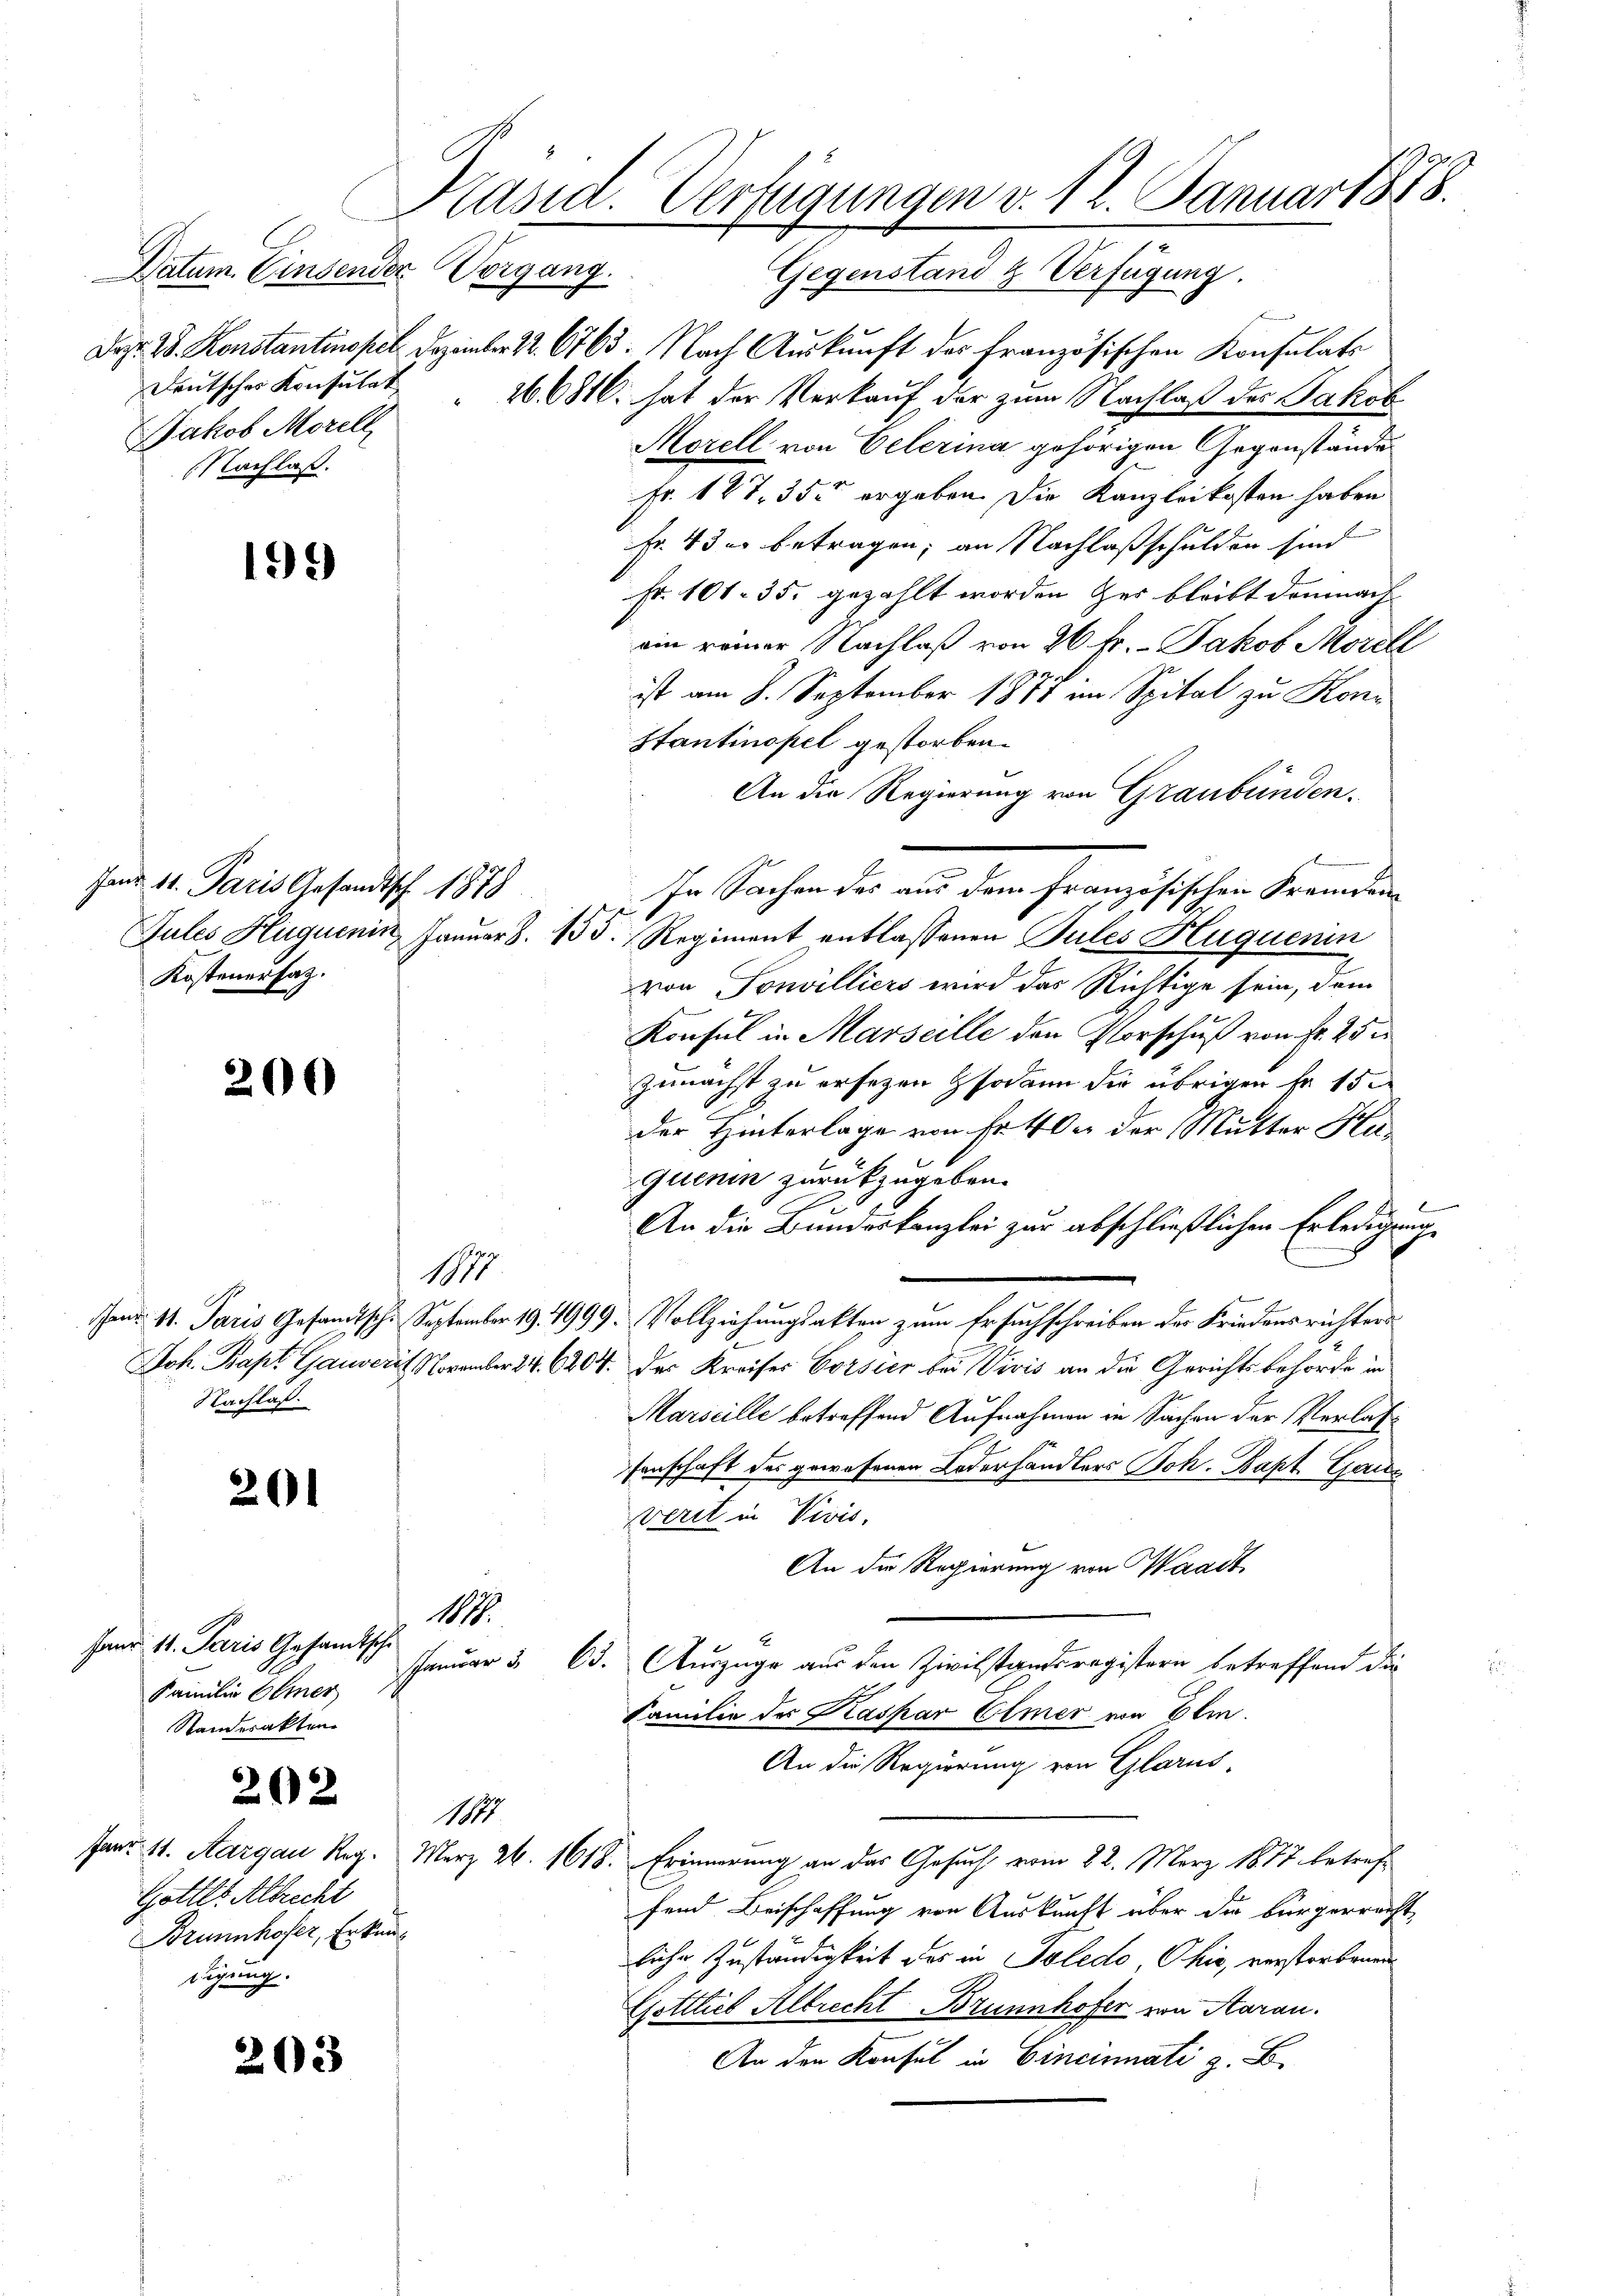
Datum. Einsender
Jakob Morell
Nachlaß.

1

199

Fand 11. Paris Gesandtsch 1878
Kostenersatz.

200

Nachlaß.

201

fand 11. Paris Gesandtsche
Familie bemer
Standesakten

202

m 11. Aargau Reg.
Gotter Albrecht
Brunnhofer, Erkun
digung.

203

.
Präsid. Verfügungen v. 12. Januar 1848.
Vorgang.

Gegenstand & Verfügung.
Daz. B. Konstantinopel. Dezember 12. 6763. Nach Auskunft des Französischen Konsulats
deŭtsches Konsulat 166816. hat der Verkaŭf der zŭm Nachlaβ des Jakob
Morell von Oelerina gehörigen Gegenstände
Fr. 127, 35 ergeben. Die Kanzleikosten haben
Fr. 4 der betragen; an Nachlaßschulden sind
Fr. 101. 35. gezählt worden zur bleibt demnach
ein reiner Nachlaß von 26 fr. - Jakob Morell
ist am 8. September 1877 im Spital zu Kon¬
Stantinopel gestorben.
An die Regierung von Graubünden¬
In Sachen der aus dem französischen Fremden
Gutes Hüguenin Januar S. 155. Regiment entlassenen Pules Feuquenin
von Sonvilliers wird das Richtige sein, dem
Konsul in Marseille den Vorschuß von fr. 25 u
zunächst zu ersezen sodann die übrigen Fr. 15.
der Hinterlage von Fr. 40 er der Mutter Kaquerin zurückzugeben.
An die Bundeskanzlei zur abschließlichen Erledigung
17
shens 11. Paris Gesandtsche September 194999. Vollziehungsakten zum Ersuchschreiben der Friedensrichters
Joh. Bapt Gauver November 24. 6204. des Kreises Corsier bei Vivis an die Gerichtsbehörde in
Marseille betreffend Aufnahmen in Sachen der Verlassenschaft des gewesenen Lederhandlers Joh. Bapt. Galle
verit in Vivis,
An die Regierung von Waadt
117.
Januar 3 63. Auszüge aus den Zivilstandsregistern betreffend die
Familie des Kaspar Elmer von Elm.
An die Regierung von Glarus,
11
März 26. 1618. Erinnerung an das Gesuch vom 22. März 1877 betreff
fend Beischaffung von Auskunft über die bürgerrecht,
.
liche Zuständigkeit des in Toledo Okić, verstorbenen
Gottlieb Albrecht Brunnhofer von Aarau
An den Konsul in Cincinati z. B.